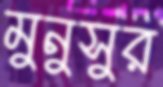
মুনুসুর